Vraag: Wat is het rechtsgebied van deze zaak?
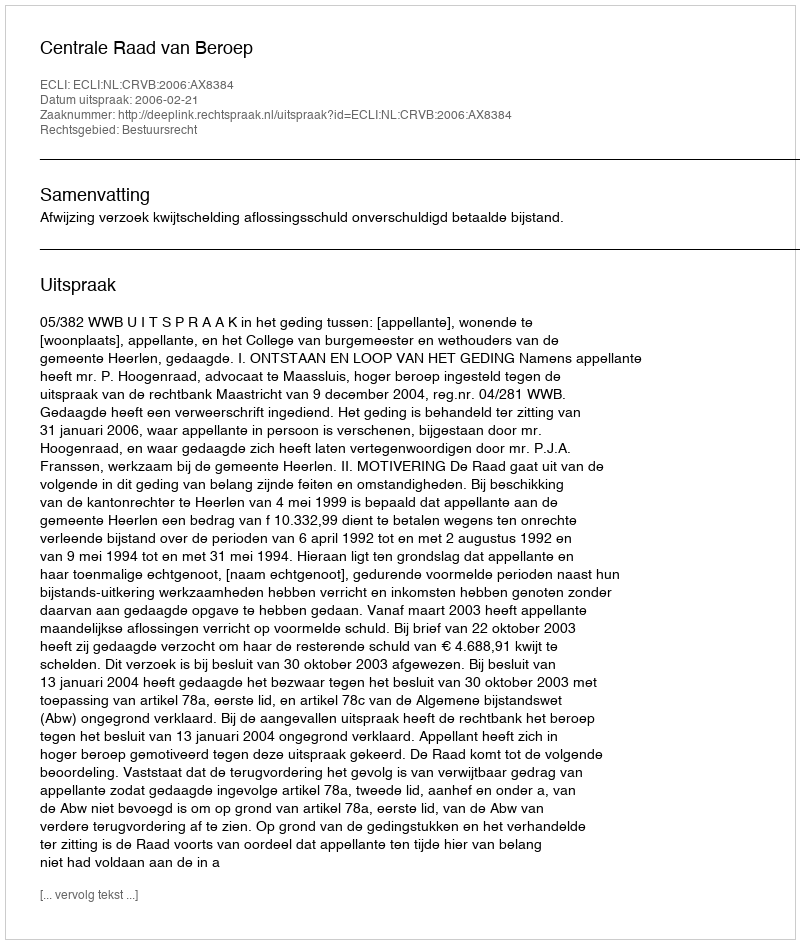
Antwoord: Bestuursrecht